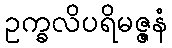
ဥက္ခလိပရိမဇ္ဇနံ